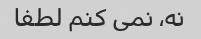
نه، نمی کنم لطفا